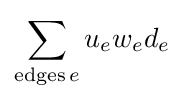
\sum _{\mathrm {edges\,} e}u_{e}w_{e}d_{e}